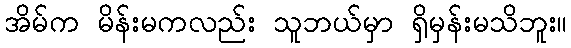
အိမ်က မိန်းမကလည်း သူဘယ်မှာ ရှိမှန်းမသိဘူး။